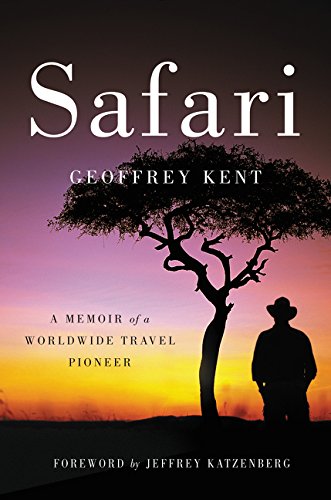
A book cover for Safari: A Memoir of a Worldwide Travel Pioneer; Geoffrey Kent; Business & Money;